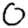
Digit: 0